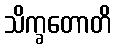
သိက္ခတောတိ